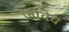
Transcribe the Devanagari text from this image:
जीवेच